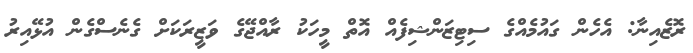
ރޮޒެއިނާ: އެހެން ގައުމެއްގެ ސިޓިޒަންޝިފެއް އޮތް މީހަކު ރާއްޖޭގެ ވަޒީރަކަށް ގެނެސްގެން އުޅޭއިރު